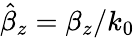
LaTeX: \hat{\beta}_{z}=\beta_{z}/k_{0}